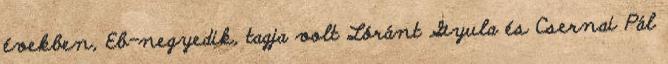
években, Eb-negyedik, tagja volt Lóránt Gyula és Csernai Pál